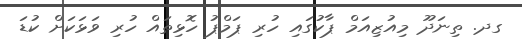
ގދ. ތިނަދޫ މިއުޒިއަމް ޕާކުގައި ހުރި ޕަމްޕު ހޮޅިތައް ހުރި ވަޅަކަށް ކުޑަ